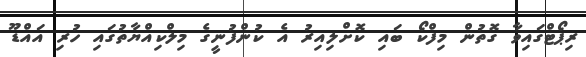
ރިޕޯޓްގައިވާ ގޮތުން މިފްކޯ ބައި ކޮށްލިއިރު އެ ކުންފުނީގެ މިލްކިއްޔާތުގައި ހުރި އައްޑޫ